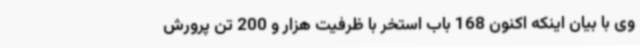
وی با بیان اینکه اکنون 168 باب استخر با ظرفیت هزار و 200 تن پرورش